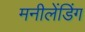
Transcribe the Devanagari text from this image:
मनीलेंडिंग